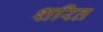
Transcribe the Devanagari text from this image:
शरित